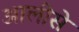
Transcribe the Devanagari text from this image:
आलीसे